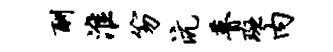
酬淮笏沆瞢斑内